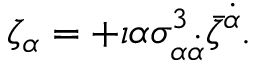
\zeta _ { \alpha } = + \imath \alpha \sigma _ { \alpha \dot { \alpha } } ^ { 3 } \bar { \zeta } ^ { \dot { \alpha } } .